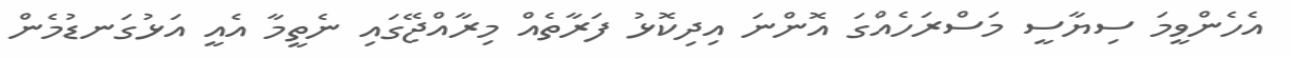
އެހެންވީމަ ސިޔާސީ މަސްރަހެއްގަ އޮންނަ އިދިކޮޅު ފަރާތެއް މިރާއްޖޭގައި ނެތީމާ އެއީ އަޅުގަނޑުމެން